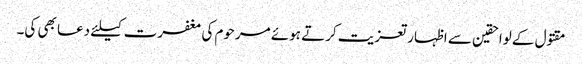
مقتول کے لواحقین سے اظہار تعزیت کرتے ہوئے مرحوم کی مغفرت کیلئے دعا بھی کی۔